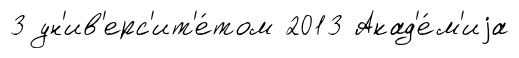
3 ун'ив'ерс'ит'е́том 2013 Акад'е́м'иjа